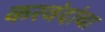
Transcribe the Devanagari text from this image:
करवंदांचा